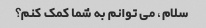
سلام، می توانم به شما کمک کنم؟